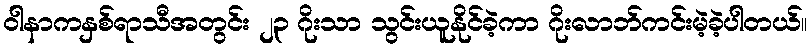
ဝါနာကနှစ်ရာသီအတွင်း ၂၃ ဂိုးသာ သွင်းယူနိုင်ခဲ့ကာ ဂိုးလာဘ်ကင်းမဲ့ခဲ့ပါတယ်။